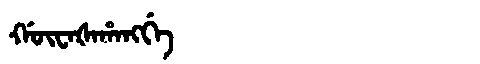
Manchu: ᡤᡡᠸᠠᡧᠠᡥᠠᠩᡤᡝ
Romanization: GŪWAŠAHANGGE